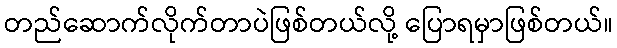
တည်ဆောက်လိုက်တာပဲဖြစ်တယ်လို့ ပြောရမှာဖြစ်တယ်။